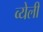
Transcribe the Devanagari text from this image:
व्येली